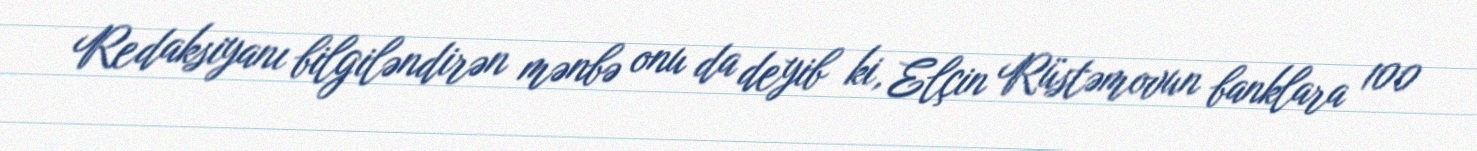
Redaksiyanı bilgiləndirən mənbə onu da deyib ki, Elçin Rüstəmovun banklara 100